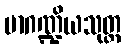
မာဂဏ္ဍိယသုတ္တ